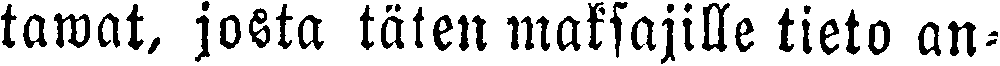
tawat, josta täten maksajille tieto an-